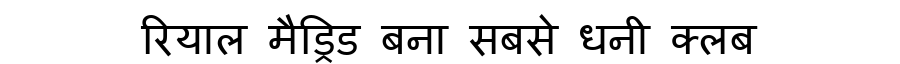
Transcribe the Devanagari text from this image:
रियाल मैड्रिड बना सबसे धनी क्लब